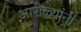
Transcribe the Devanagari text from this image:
आरोळ्यांनी